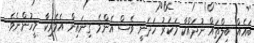
ބައެއް ބިލްތައް ނުދައްކާ މަކަރު ހަދަނީ ވެސް އެންމެ ގިނައިން އެމެރިކާ މީހުންނެވެ.